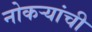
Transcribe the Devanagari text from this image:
नोकऱ्यांची